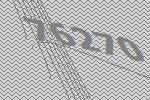
76270